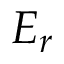
E _ { r }